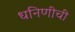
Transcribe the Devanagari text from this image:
धनिणीची